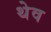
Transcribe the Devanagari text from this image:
थेव